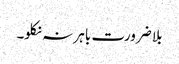
بلا ضرورت باہر نہ نکلو۔